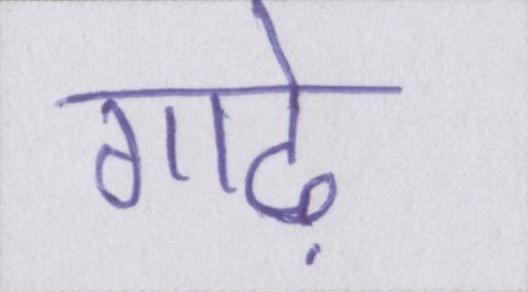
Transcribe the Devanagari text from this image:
गाढ़े